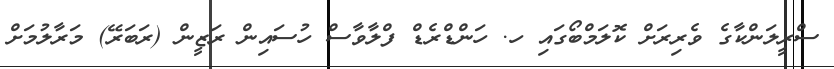
ސްރީލަންކާގެ ވެރިރަށް ކޮލަމްބޯގައި ހ. ހަންޑްރެޑް ފްލާވާސް ހުސައިން ރަޒީން (ރަބަރޭ) މަރާލުމަށް